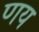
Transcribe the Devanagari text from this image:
णय